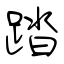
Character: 踏